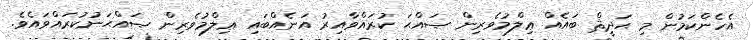
އެހެންކަމުން މި ޙަދީޘް ބައެއް ޢިލްމުވެރިން ޞައްޙަ ކުރައްވާއިރު އަނެއްބައި ޢިލްމުވެރިން ޞައްޙަނުކުރައްވައެވެ.